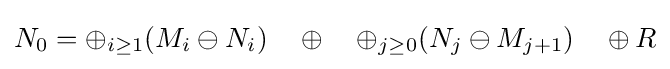
N_{0}=\oplus _{i\geq 1}(M_{i}\ominus N_{i})\quad \oplus \quad \oplus _{j\geq 0}(N_{j}\ominus M_{j+1})\quad \oplus R